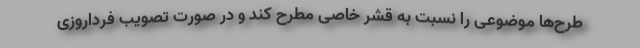
طرح‌ها موضوعی را نسبت به قشر خاصی مطرح کند و در صورت تصویب فرداروزی